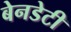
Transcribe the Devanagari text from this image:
बेनडेटी